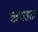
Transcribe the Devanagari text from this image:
ऋणहर्ता